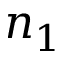
n _ { 1 }